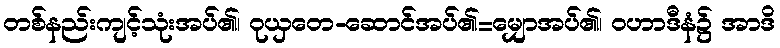
တစ်နည်းကျင့်သုံးအပ်၏၊ ဝုယှတေ-ဆောင်အပ်၏=မျှောအပ်၏၊ ဝဟာဒီနံ၌ အာဒိ